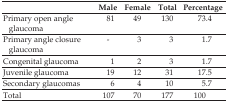
<table><thead><tr><td></td><td><b>Male</b></td><td><b>Female</b></td><td><b>Total</b></td><td><b>Percentage</b></td></tr></thead><tbody><tr><td>Primary open angle glaucoma</td><td>81</td><td>49</td><td>130</td><td>73.4</td></tr><tr><td>Primary angle closure glaucoma</td><td>-</td><td>3</td><td>3</td><td>1.7</td></tr><tr><td>Congenital glaucoma</td><td>1</td><td>2</td><td>3</td><td>1.7</td></tr><tr><td>Juvenile glaucoma</td><td>19</td><td>12</td><td>31</td><td>17.5</td></tr><tr><td>Secondary glaucomas</td><td>6</td><td>4</td><td>10</td><td>5.7</td></tr><tr><td>Total</td><td>107</td><td>70</td><td>177</td><td>100</td></tr></tbody></table>